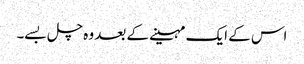
اس کے ایک مہینے کے بعد وہ چل بسے۔